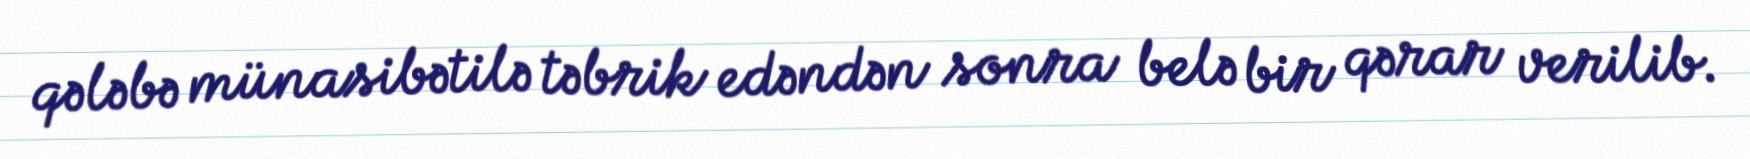
qələbə münasibətilə təbrik edəndən sonra belə bir qərar verilib.